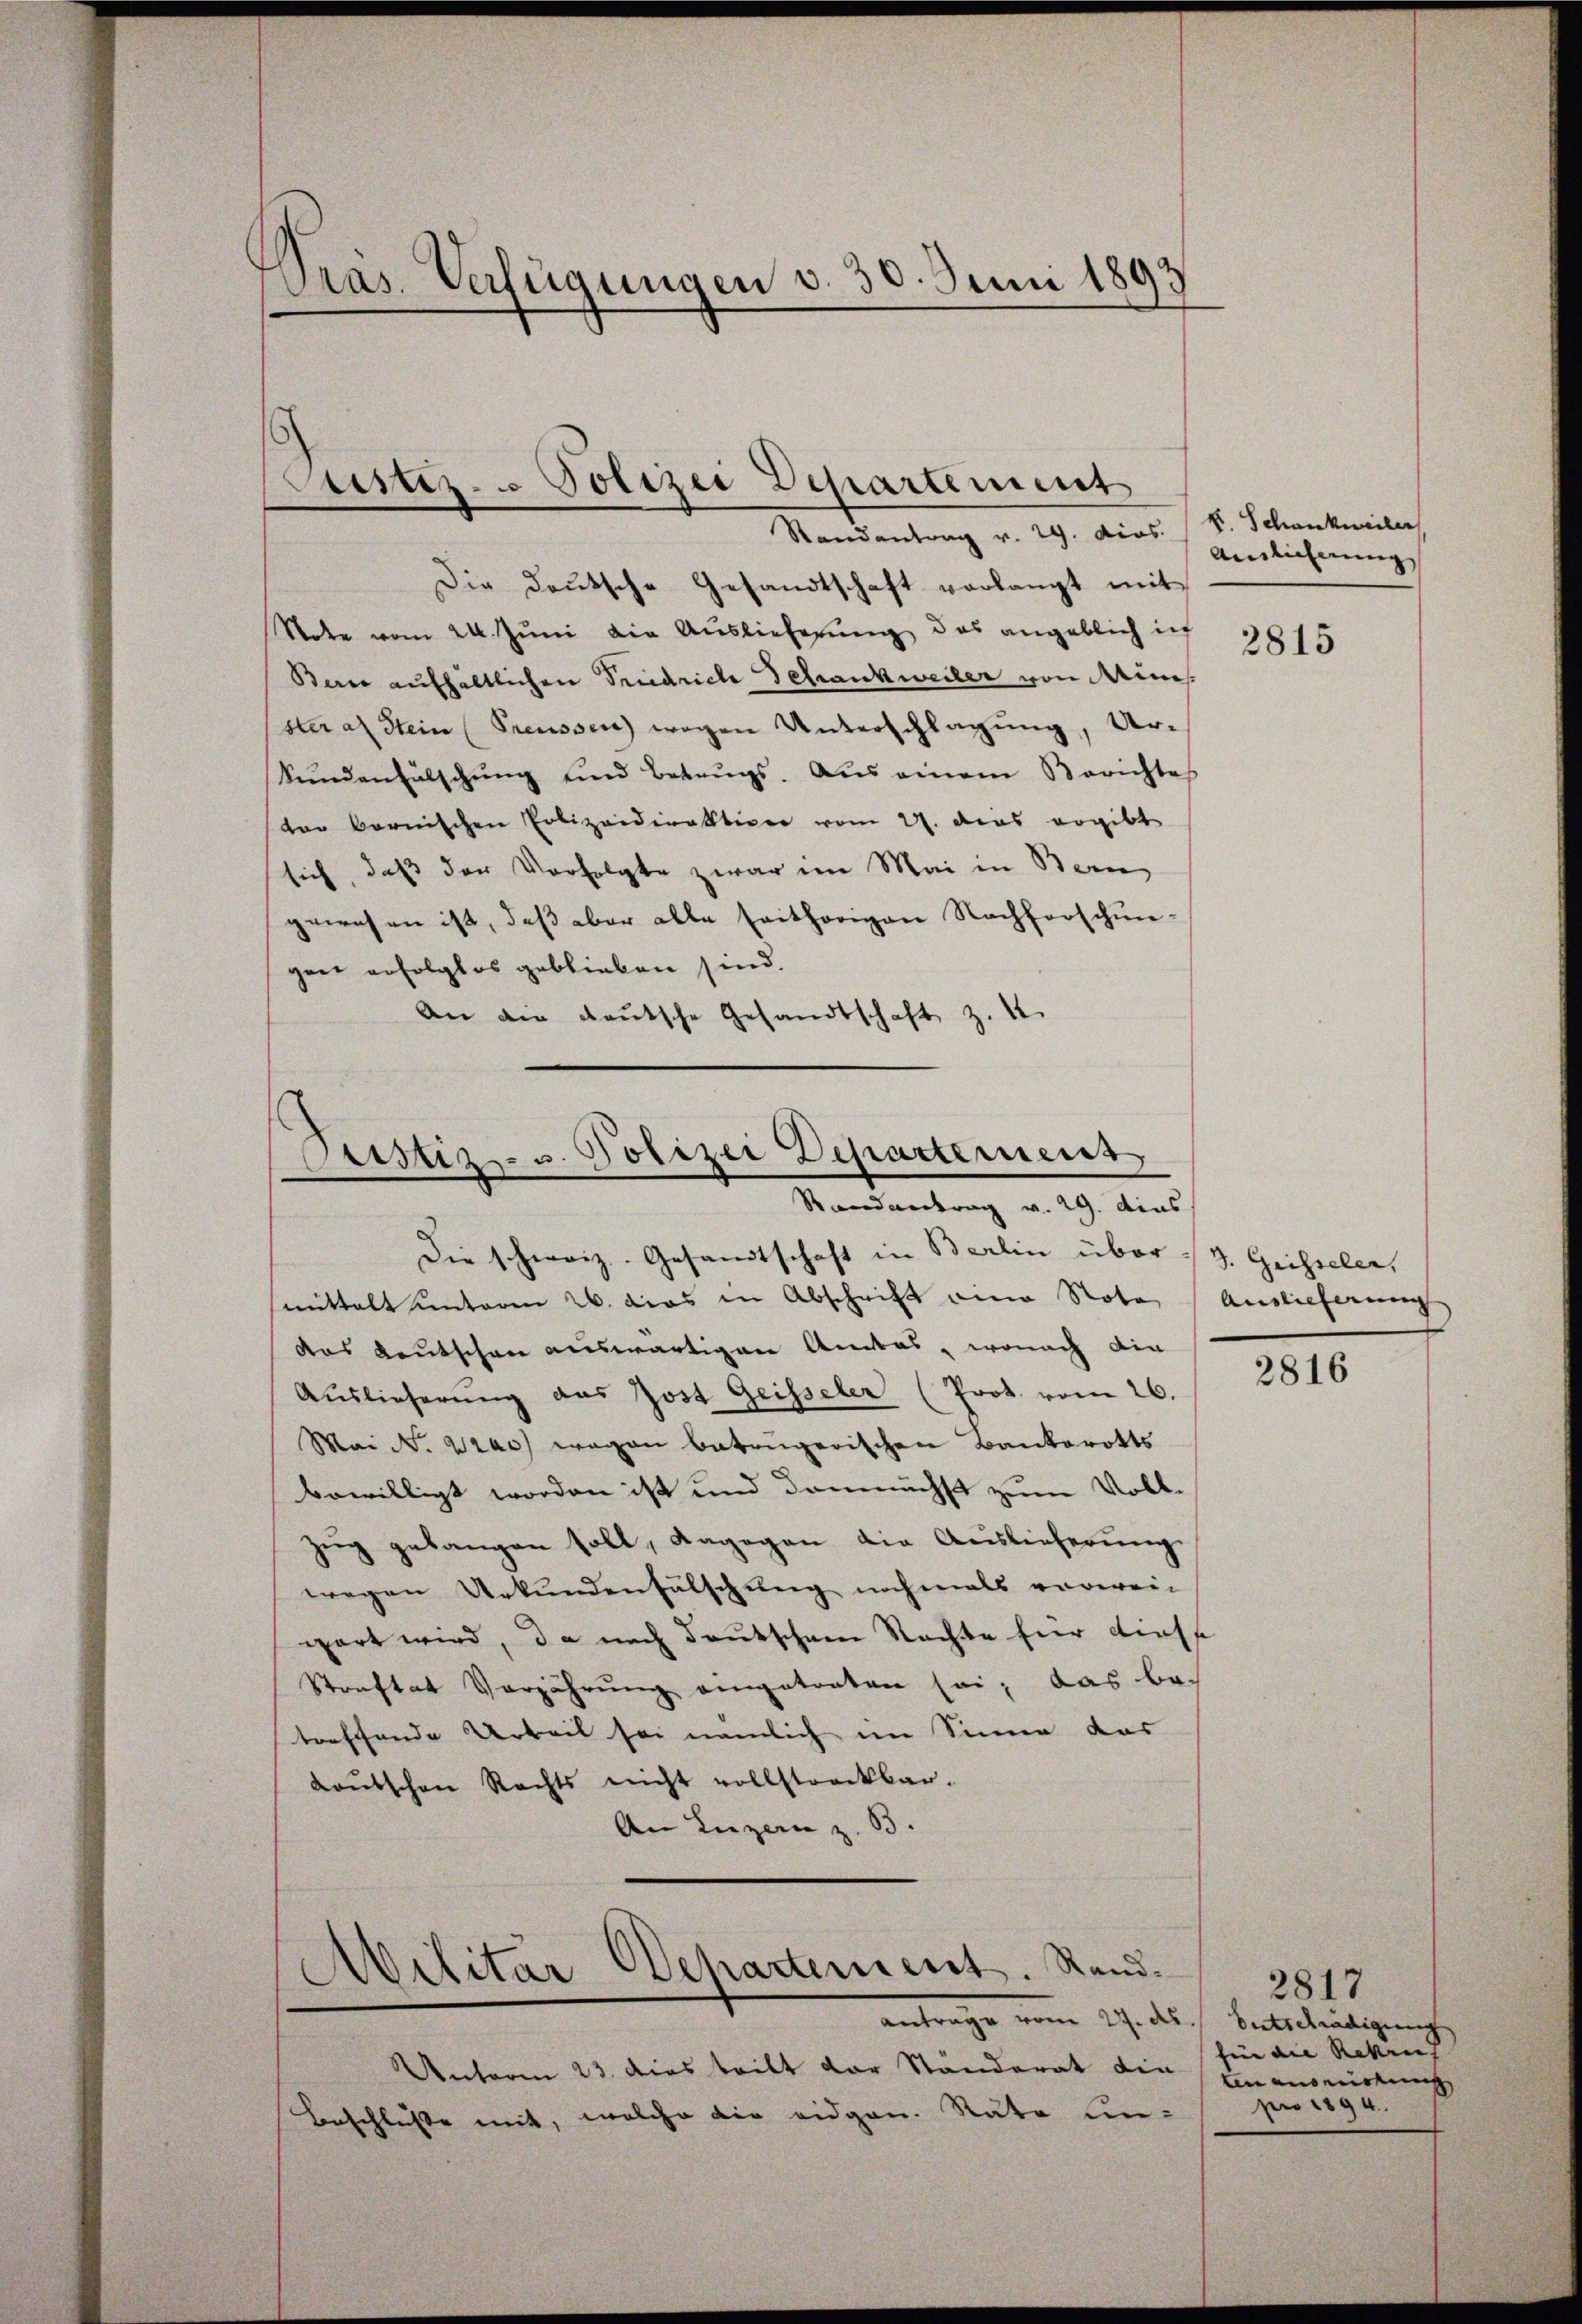
Präs. Verfügungen d. 30. Juni 1893

Puster. - Polizei Departement
d
Randantrag v. 29. dios. S. Schankweiler

Die deŭtsche Gesandtschaft verlangt mit
Note vom 24. Juni die Auslieferung, das angeblich ich
Bern aufhältlichen Friedrich Schrankweiler von Minis
steral Stein (Preussen wegen Unterschlagung, Ur¬
Sŭndenfälschŭng und Betrŭgs. Aus einem Berichtes
der bernischen Polizeidirektiver vom 27. dies ergibt
sich, daß der Verfolgte zwar im Mai in Bern,
gewesen ist, daβ aber alle seitherigen Nachforschun-
gen erfolglos geblieben sind.
An die deutsche Gesandtschaft z. 4.

Pustiz- u. Polizei Departement
Randantrag v. 29. dies

Die schweiz. Gesandtschaft in Berlin über 13. Grisseler,
mittelt unterm 26. das in Abschrift eine Note Auslieferung
das Kautschon auswärtigen Amtes, wonach die
Auslieferung das Jost Geisseler (Prot. vom 26.
Mai N. 2200) wegen betrügerischen Bankerotts
bewilligt worden ist und demnächst zum Voll-
zŭg gebangen soll, dagegen die Auslieferung
wegen Urkundenfalschung nochmals unverein
wart wird, da nach deutschen Rechte für diese
Straftat Verjährung eingetreten sei; das betreffende Arbeil sei nämlich im Sinne dar
Loŭtschen Rechts nicht vollstreckbar.
An Luzern z. B.

Militär Departement. Rand.

Antrage vom 27. d. Entschädigung,
Unterm 23. dies teilt der Ständerat die
Beschlusse mit, welche die eidgen. Rate ein-

Ainlicherung

2815

2816

2817
fin die Rekrut
Ein auswirkung
pro 1894.